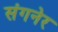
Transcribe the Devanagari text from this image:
संगनेर